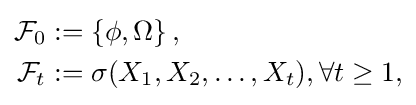
{\begin{aligned}{\mathcal {F}}_{0}&:=\left\{\phi ,\Omega \right\},\\{\mathcal {F}}_{t}&:=\sigma (X_{1},X_{2},\dots ,X_{t}),\forall t\geq 1,\end{aligned}}